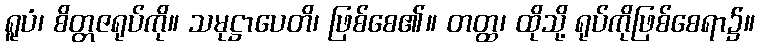
ရူပံ၊ စိတ္တဇရုပ်ကို။ သမုဋ္ဌာပေတိ၊ ဖြစ်စေ၏။ တတ္ထ၊ ထိုသို့ ရုပ်ကိုဖြစ်စေရာ၌။